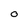
Character: 0